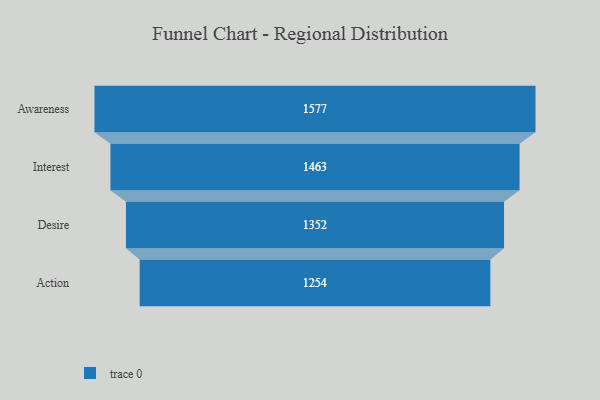
{"axis": {"x": "Stage", "y": "Value"}, "legend": [""], "data": [{"x": "Awareness", "y": 1577.0, "type": ""}, {"x": "Interest", "y": 1463.0, "type": ""}, {"x": "Desire", "y": 1352.0, "type": ""}, {"x": "Action", "y": 1254.0, "type": ""}]}